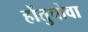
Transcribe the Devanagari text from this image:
होंतुचोवा